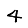
Digit: 4